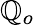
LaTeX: \mathbb{Q}_{o}